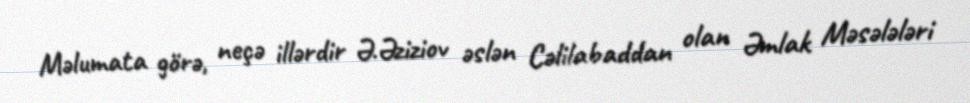
Məlumata görə, neçə illərdir Ə.Əziziov əslən Cəlilabaddan olan Əmlak Məsələləri